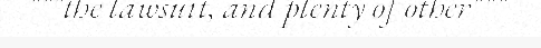
"""the lawsuit, and plenty of other"""